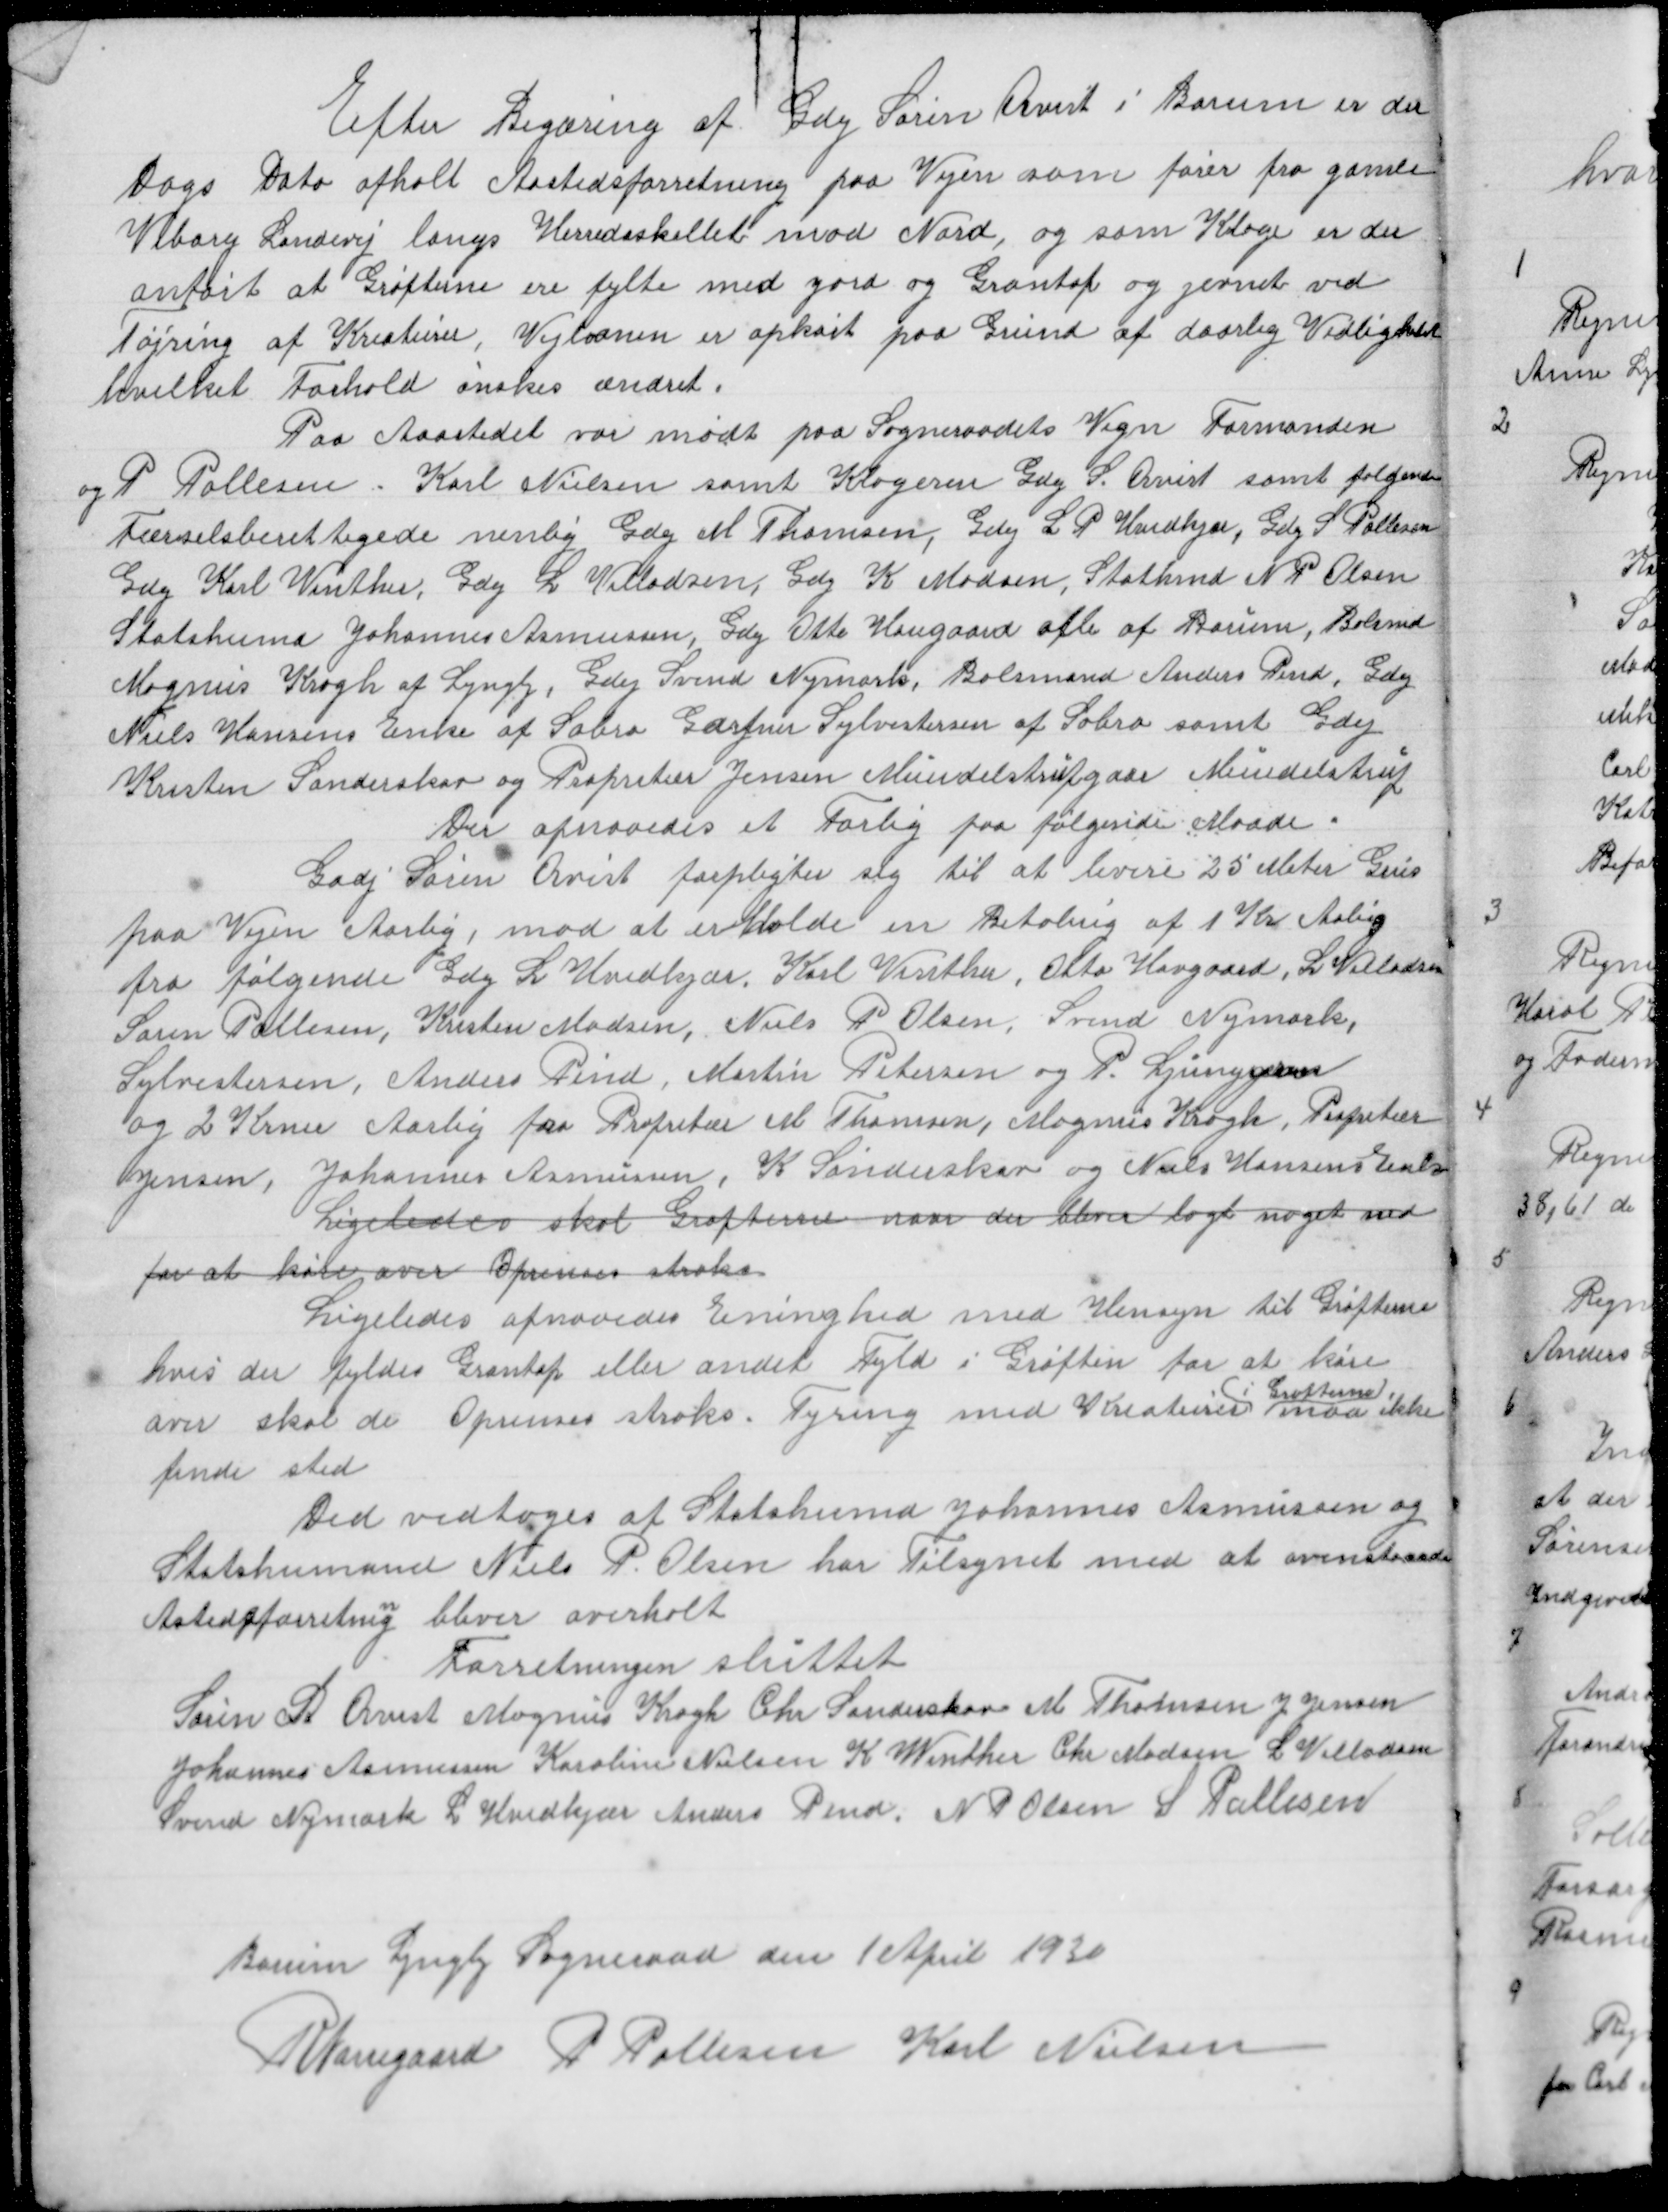
Transskription:
Efter Begæring af Gdej Søren Quist i Borum er der
Dags Dato afholt Aastedsforretning paa Vejen som fører fra gamle
Viborg Landevej langs Herredsskellet mod Nord, og som Klage er der
anført at Grøfterne ere fylte med Jord og Grasstof og jevnet ved
Tøjring af Kreaturer, Vejbanen er opkørt paa Grund af daarlig Vedligeholel
hvilket Forhold ønskes ændret

Paa Aastedet var mødt paa Sogneradets Vegn Formanden
og P Pallesen - Karl Nielsen samt Klageren Gdej S Quist samt følgende
Færselsberettigede nemlig Gdej M Thomsen, Gdej L P Hvidkjær, Gdej S Pallesen
Gdej Karl Vinther, Gdej L Villadsen, Gdej K Madsen, Stathmd N P Olsen
Statshmd Johannes Asmussen, Gdej Otto Haugaard alle af Borum, Bolsmd
Magnus Krogh af Lyngby, Gdej Svend nymark, Bolsmand Anders Pind, Gdej
Niels Hansens Enke af Sabroe Gartner Sylvestersen af Sabroe samt Gdej
Kresten Sønderskov og Propritær Jensen Mundelstrupgaar Mundelstrup
Der opnaaedes et Forlig paa følgende Maade
Gadj Søren Quist forpligter sig til at levere 25 Meter Grus
paa Vejen Aarlig, mod at erholde en Betaling af 1 Kr Aarlig
fra følgende Gdej L Hvidkjær, Karl Vinther, Otto Havgaard, L Villadsen
Søren Pallesen, Kresten Madsen, Niels P Olsen, Svend Nymark,
Sylvestersen, Anders Pind, Martin Petersen og P. Ljunggren
og 2 Krner Aarlig fra Propritær M Thomsen, Magnus Krogh, Propritær
Jensen, Johannes Asmussen, K Sønderskov og Niels Hansens Enke
Ligeledes skal Grøfterne naar der bliver lagt noget ned
for at køre over Oprenses straks
Ligeledes opnaaedes Eninghed med Hensyn til Grøfterne
hvis det fyldes Grasstof eller andet Fyld i Grøften for at køre
( i Grøfterne )
over skal der Oprenses straks. Tejring med Kreaturer maa ikke
finde sted.
Det vedtoges at Statshumd Johannes Asmussen og
Statshumand Niels P Olsen har Tilsynet med at ovenstaaende
Aastedsforretning bliver overholt
Forretningen sluttet
Søren D Quist Magnus Krogh Chr Sønderskov M Thomsen J Jensen
Johannes Asmussen Karoline Nielsen K Winther Chr Madsen L Villadsen
Svend Nymark L Hvidkjær Anders Pind N P Olsen S Pallesen

Borum Lyngby Sogneraad den 1 April 1930
R Nørregaard P Pallesen Karl Nielsen